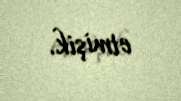
etmişik.